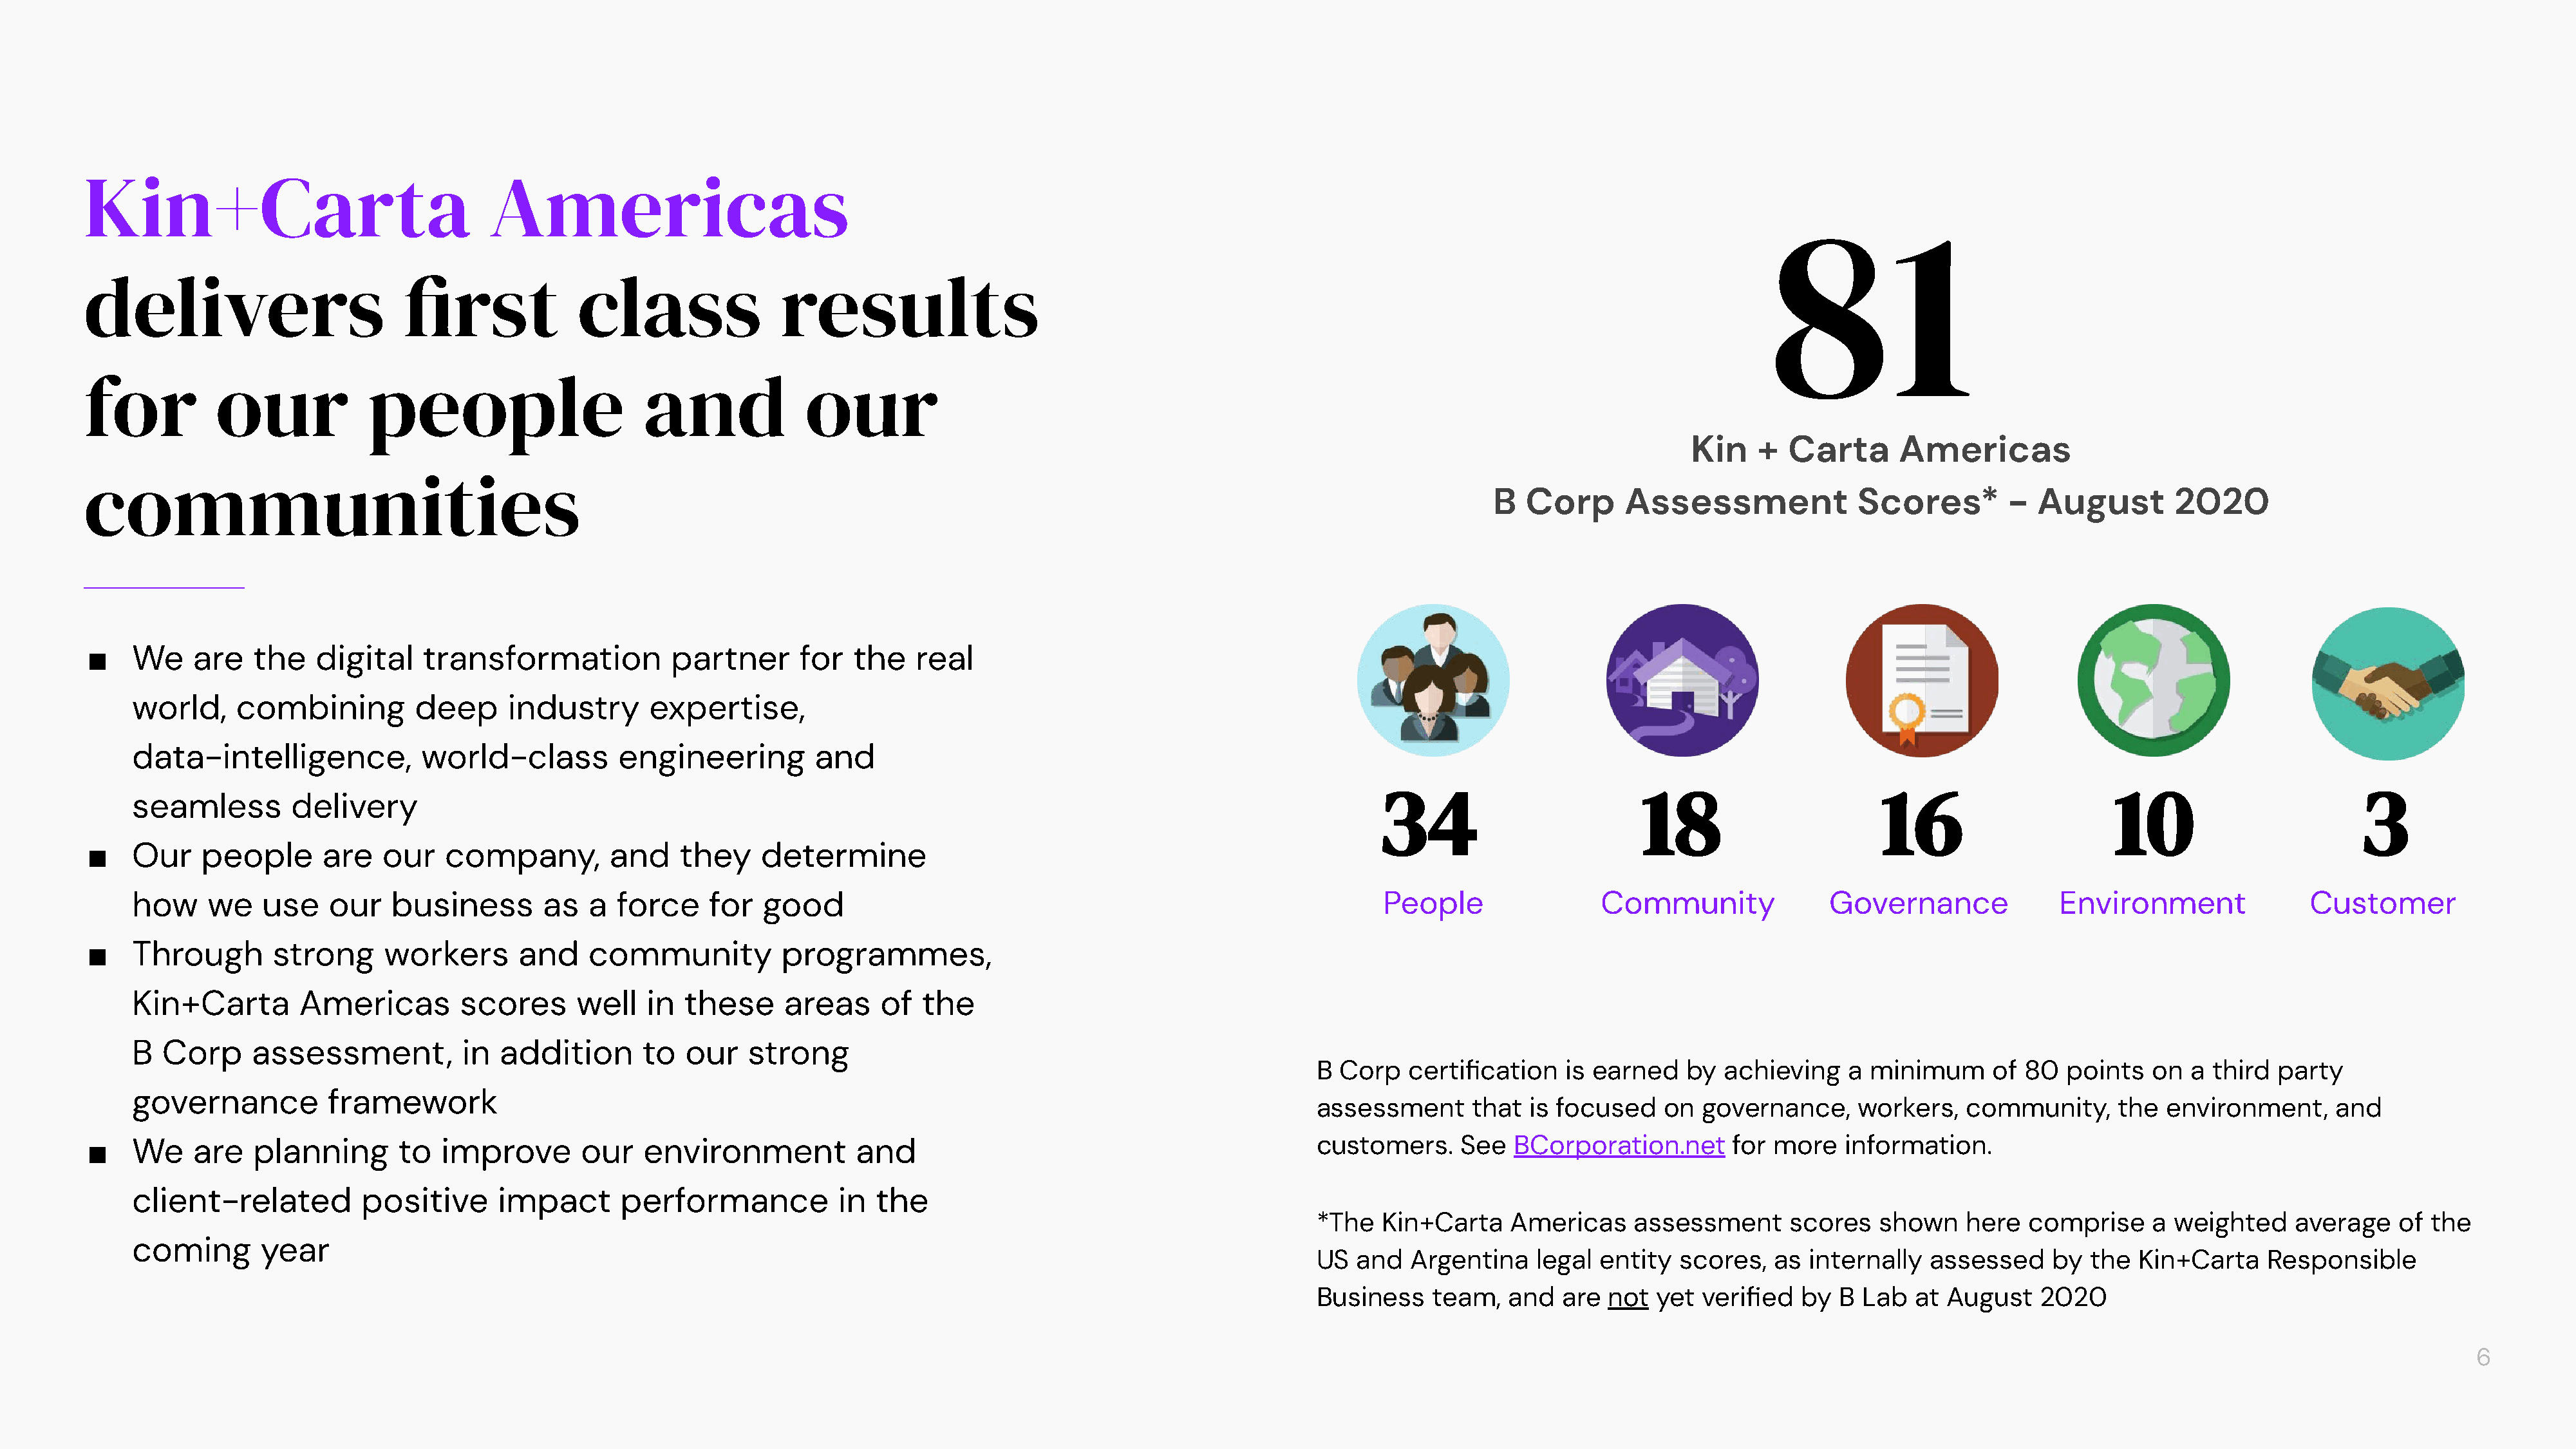
KIN+CARTA  AMERICAS   / IMPACT   REPORT
 Kin+Carta                                Americas
 81
 delivers                        first             class                results
 for          our             people                      and              our
 Kin    +  Carta      Americas
 communities
 B   Corp      Assessment              Scores*        -  August        2020
 ■    We    are   the   digital    transformation            partner      for   the   real
 world,    combining          deep     industry       expertise,
 data-intelligence,           world-class          engineering         and
 seamless        delivery                                                                                                        34                         18                      16                      10                        3
 ■    Our    people      are   our    company,         and    they    determine
 how    we    use    our   business        as  a  force     for  good                                                            People                 Community              Governance              Environment              Customer
 ■    Through       strong     workers       and    community           programmes,
 Kin+Carta        Americas        scores      well   in  these      areas    of   the
 B  Corp     assessment,           in addition       to  our    strong
 B  Corp   certification   is earned   by  achieving    a minimum      of 80  points   on  a third  party
 governance          framework
 assessment      that  is focused    on  governance,     workers,   community,      the  environment,     and
 ■    We    are   planning       to  improve        our   environment           and                                            customers.     See   BCorporation.net      for more    information.
 client-related         positive      impact       performance           in  the
 *The   Kin+Carta    Americas     assessment      scores   shown    here   comprise    a  weighted    average    of the
 coming       year
 US  and   Argentina    legal entity   scores,  as  internally  assessed     by  the  Kin+Carta    Responsible
 Business    team,   and   are not  yet  verified  by  B Lab   at August    2020
 6